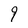
Character: 9